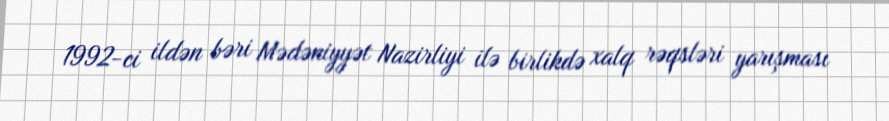
1992-ci ildən bəri Mədəniyyət Nazirliyi ilə birlikdə xalq rəqsləri yarışması